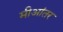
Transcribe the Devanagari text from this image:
मीआंतर